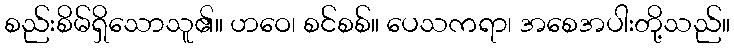
စည်းစိမ်ရှိသောသူ၏။ ဟဝေ၊ စင်စစ်။ ပေသကရာ၊ အစေအပါးတို့သည်။